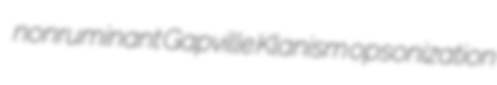
nonruminant Gapville Klanism opsonization